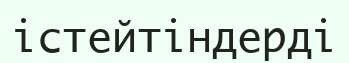
істейтіндерді